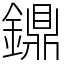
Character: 鐤